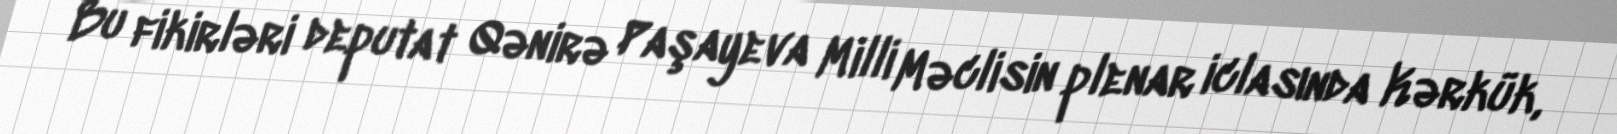
Bu fikirləri deputat Qənirə Paşayeva Milli Məclisin plenar iclasında Kərkük,